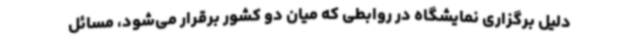
دلیل برگزاری نمایشگاه در روابطی که میان دو کشور برقرار می‌شود، مسائل